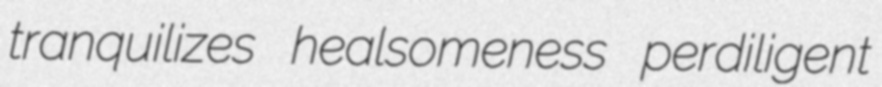
tranquilizes healsomeness perdiligent